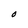
Character: O